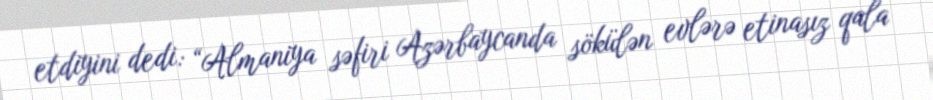
etdiyini dedi: “Almaniya səfiri Azərbaycanda sökülən evlərə etinasız qala